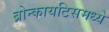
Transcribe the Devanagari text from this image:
ब्रोन्कायटिसमध्ये